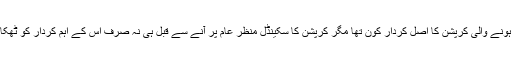
شاید وہ بچ جاتا تو تفتیش کے بعد معلوم ہوتا کہ وحدت روڈ سائنس کالج میں ہونے والی کرپشن کا اصل کردار کون تھا مگر کرپشن کا سکینڈل منظر عام پر آنے سے قبل ہی نہ صرف اس کے اہم کردار کو ٹھکانے لگا دیا گیا بلکہ ساتھ ہی ساتھ کسی انتہائی اہم شخصیت کو بچالیا گیا ہے۔